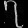
Digit: ၇